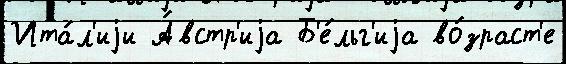
Ита́л'иjи А́встр'иjа Б'е́льг'иjа во́зраст'е